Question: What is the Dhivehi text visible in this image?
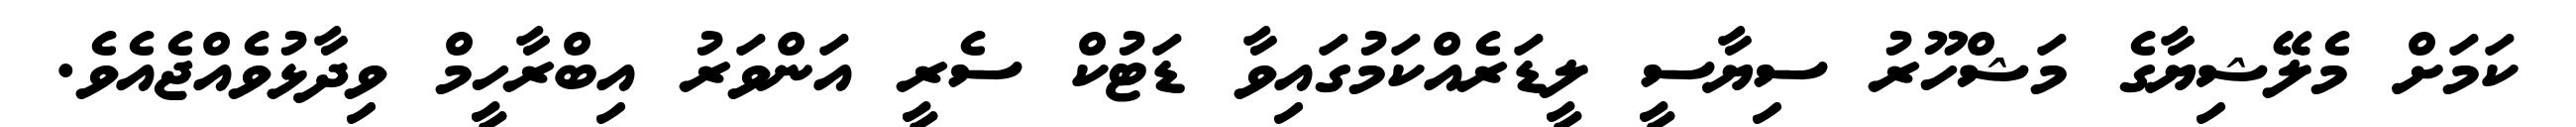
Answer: ކަމަށް މެލޭޝިޔާގެ މަޝްހޫރު ސިޔާސީ ލީޑަރެއްކަމުގައިވާ ޑަޓުކް ސެރީ އަންވަރު އިބްރާހީމް ވިދާޅުވެއްޖެއެވެ.